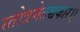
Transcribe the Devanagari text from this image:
स्तोत्रमेतच्चकार।।